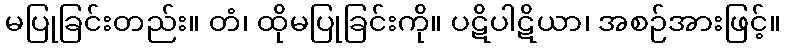
မပြုခြင်းတည်း။ တံ၊ ထိုမပြုခြင်းကို။ ပဋိပါဋိယာ၊ အစဉ်အားဖြင့်။